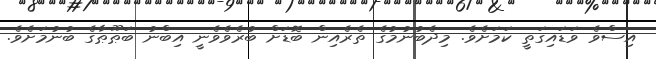
އިސްވެ ވަޑައިގަތީ ކަމަށެވެ. މިދެބުނުމުގެ ތެރެއިން ބޮޑަށް ބުރެވެވެނީ އިބްނު ބަޠޫޠާގެ ބުނުމަށެވެ.